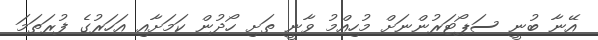
އޭނާ ބުނީ ސަޕޯޓަރުންނަށް މުހިއްމު ވާނީ ތަށި ހޯދުން ކަމަށާއި އަހަރުގެ ފުރަތަމަ